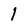
Character: 1